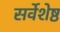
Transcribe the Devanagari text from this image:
सर्वेशेष्ठ